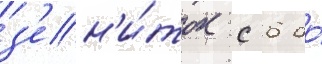
з'ен'и́ток с 6 до́